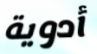
أدوية